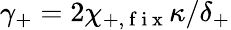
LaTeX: \gamma_{+}=2\chi_{+,\mathrm{~f~i~x~}}\kappa/\delta_{+}